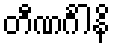
တီဏင်္ဂါနိ